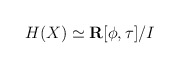
\begin{align*} H(X) \simeq {\bf R}[\phi,\tau]/I\end{align*}